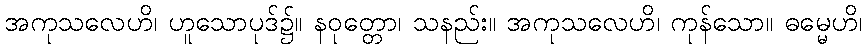
အကုသလေဟိ၊ ဟူသောပုဒ်၌။ နဝုတ္တော၊ သနည်း။ အကုသလေဟိ၊ ကုန်သော။ ဓမ္မေဟိ၊